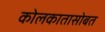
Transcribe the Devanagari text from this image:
कोलकातासोबत